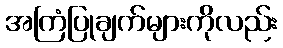
အကြံပြုချက်များကိုလည်း